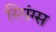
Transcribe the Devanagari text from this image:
स्पिंग्स